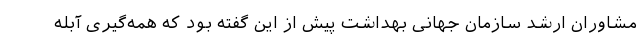
مشاوران ارشد سازمان جهانی بهداشت پیش از این گفته بود که همه‌گیری آبله